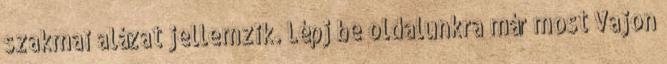
szakmai alázat jellemzik. Lépj be oldalunkra már most Vajon